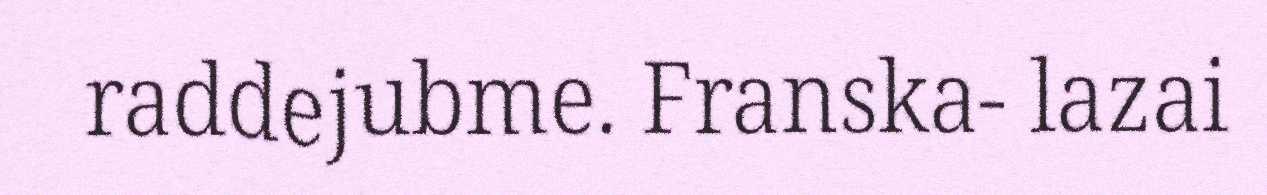
raddejubme. Franska- lazai